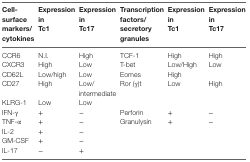
| Cell-surface markers/cytokines | Expression in Tc1 | Expression in Tc17 | Transcription factors/secretory granules | Expression in Tc1 | Expression in Tc17 |
 | --- | --- | --- | --- | --- | --- |
 | CCR6 | N.I. | High | TCF-1 | High | High |
 | CXCR3 | High | Low | T-bet | Low/High | Low |
 | CD62L | Low/high | Low | Eomes | High |  |
 | CD27 | High | Low/intermediate | Ror (γ)t | Low | High |
 | KLRG-1 | Low | Low |  |  |  |
 | IFN-γ | + | − | Perforin | + | − |
 | TNF-α | + | − | Granulysin | + | − |
 | IL-2 | + | − |  |  |  |
 | GM-CSF | + | − |  |  |  |
 | IL-17 | − | + |  |  |  |